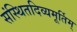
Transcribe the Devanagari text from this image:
संस्थितदिव्यमूर्तिम्